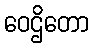
ဝေဌိတော